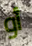
أو